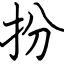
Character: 扮